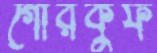
গোরকুফ